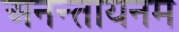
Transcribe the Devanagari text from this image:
अनन्तायनम